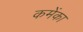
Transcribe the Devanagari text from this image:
कमेंका